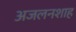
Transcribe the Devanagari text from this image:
अजलनशाह